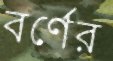
বর্ণের